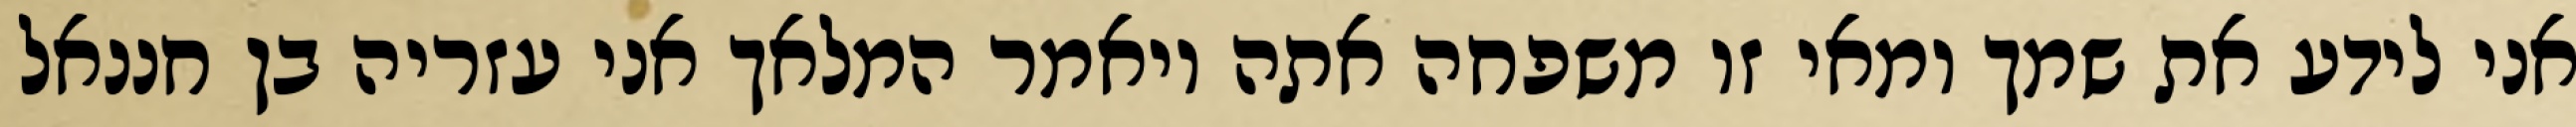
אני לידע את שמך ומאי זו משפחה אתה ויאמר המלאך אני עזריה בן חננאל